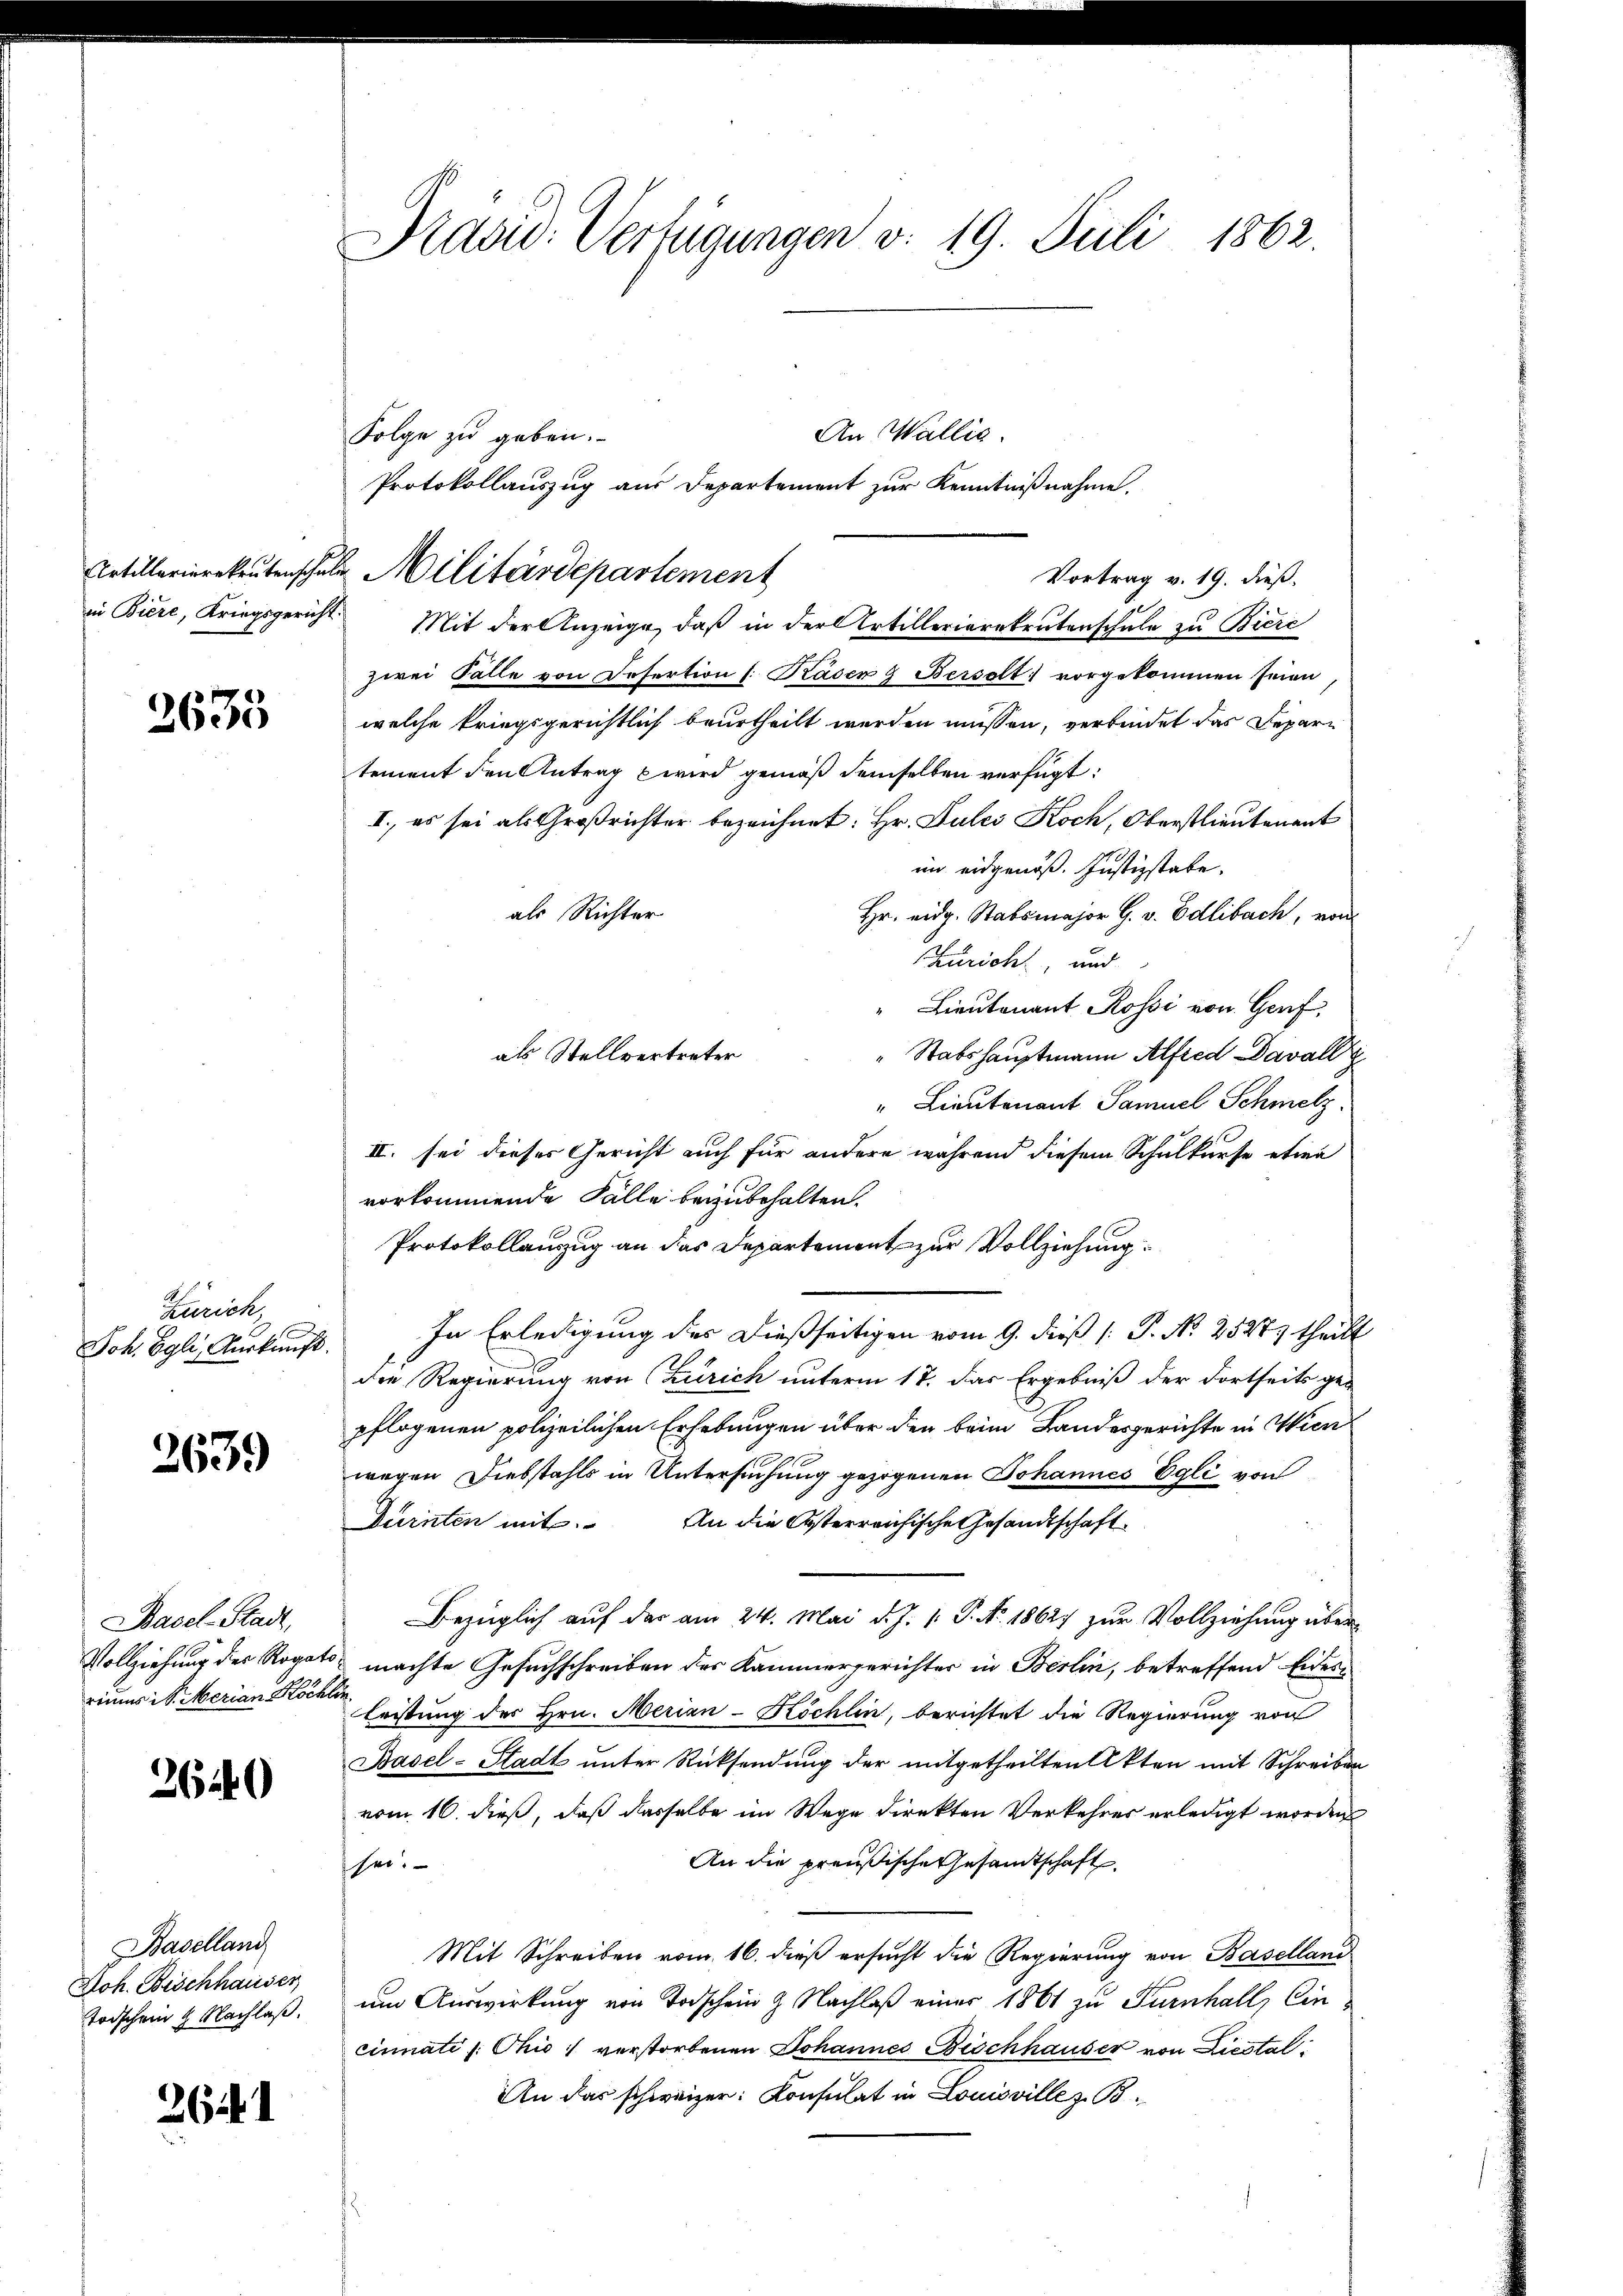
Artillarierekrutenschei
in Biere, Kriegsgericht

3635

Zürich
Joh. Egli, Verkunft.

2639

Basel-Stadt,
Vollziehung der Rogato
riums St. Merian Köchle

2640

Baselland
Joh. Bischhauser,
Todschein 2 Nachlaß.

26

Präsid. Verfügungen v. 19. Juli 1862.

An Wallis.
Folge zu geben.
Protokollauszug aus Departement zur Kenntnißnahme.
2 Militärdepartement
Vortrag v. 19. dieß.
Mit der Anzeige, daß in der Artillerierekrutenschule zu Biere
zwei Fälle von Defertion (: Basen 9 Bersolt vorgekommen seien
welche kriegsgerichtlich beurtheilt werden müssen, verbindet das Depari
tement den Antrag wird gemäß demselben verfügt:
I., es sei als Großrichter bezeichnet: Hr. Gutes Koch, Oberstlieutenant
im eidgenöß. Justizstabe.
als Richter
Hr. eidg. Stabsmajor G. v. Edlibach, von
Zürich, und
" Lieutenant Rossi von Genf,
" Stabshauptmann Alfred Dawall
" Lieutenant Samuel Schmelz
II. sei dieses Gericht auch für andere während diesem Schulkurse etwa
vorkommende Fälle beizubehalten.
Protokollanzug an das Departement zur Vollziehung
In Erledigung des dießseitigen vom 9. dieß [ P. No 25275 theilt
die Regierung von Zürich unterm 17. Das Ergebniß der Fortseits ge-
pflogenen polizeilichen Erhebungen über den beim Landesgerichte in Wienwegen Diebstahls in Untersuchung gezogenen Johannes Egli von
Dürnten mit. An die Osterreichische Gesandtschaft
Bezüglich auf das am 24. Mai d. J. 1. P. No. 18627 zur Vollziehung übermachte Gesuchschreiben des Kammergerichter in Berlin, betreffend Eidesleistung des Hrn. Merian-Köchlin, berichtet die Regierung von
Basel-Stadt unter Rücksendung der mitgetheilten Akten mit Schreiben
vom 16. dieß, daß dasselbe im Wege direkten Verkehres erledigt worden
An die preußische Gesandtschaft.
shei
Mit Schreiben vom 16. dieß ersucht die Regierung von Baselland
um Auswirkung von Todschein & Nachlaß einer 1861 zu Turnhall, Ein
cinnati (: Ohio, verstorbenen Johannes Bischhauser von Liestal
An das schweizer: Konsulat in Louisvillez B¬

als Stellvertreter